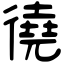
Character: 徺